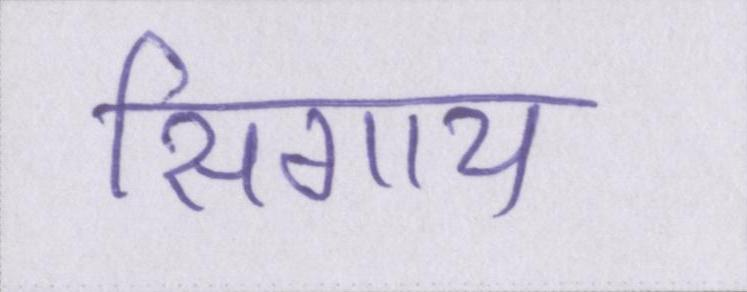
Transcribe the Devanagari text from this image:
सिगाय